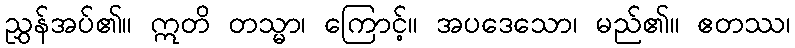
ညွှန်အပ်၏။ ဣတိ တသ္မာ၊ ကြောင့်။ အပဒေသော၊ မည်၏။ ဧတဿ၊